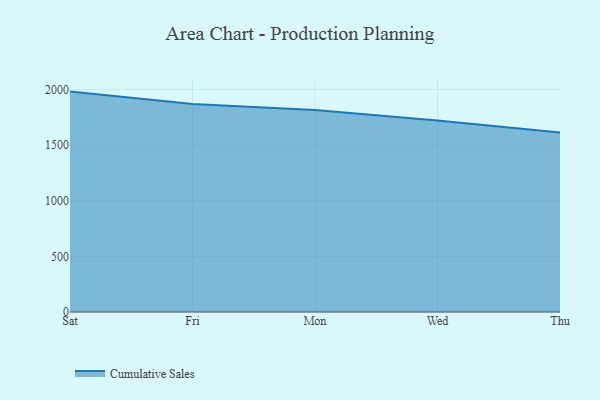
{"axis": {"x": "Day", "y": "Headcount"}, "legend": ["Cumulative Sales"], "data": [{"x": "Sat", "y": 1981.2, "type": "Cumulative Sales"}, {"x": "Fri", "y": 1869.9, "type": "Cumulative Sales"}, {"x": "Mon", "y": 1816.7, "type": "Cumulative Sales"}, {"x": "Wed", "y": 1721.4, "type": "Cumulative Sales"}, {"x": "Thu", "y": 1613.2, "type": "Cumulative Sales"}]}